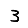
Digit: 3